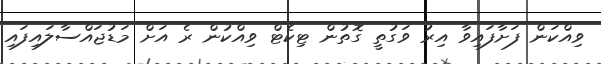
ވިއްކަން ފަށާފައިވާ އިރު ވަގުތީ ގޮތުން ޓިކެޓް ވިއްކުން ރެ އަށް މަޑުޖައްސާލައިފައި